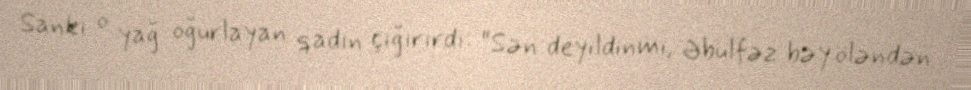
Sanki o yağ oğurlayan qadın çığırırdı: “Sən deyildinmi, Əbülfəz bəy öləndən